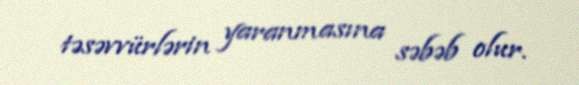
təsəvvürlərin yaranmasına səbəb olur.